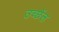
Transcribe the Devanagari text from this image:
उच्छेंल